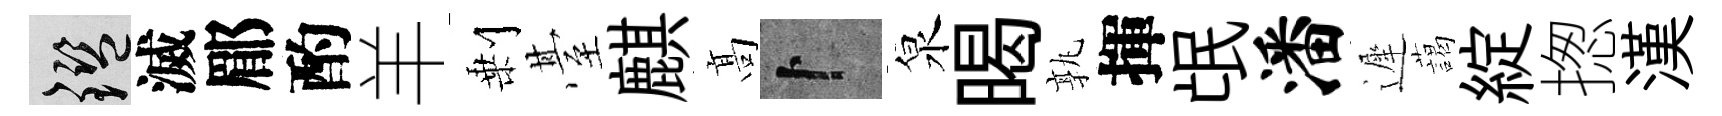
鑒滅郿酌羊剰䑓麒髙卜泉暍孰揮氓潘遲藹綻揔漢